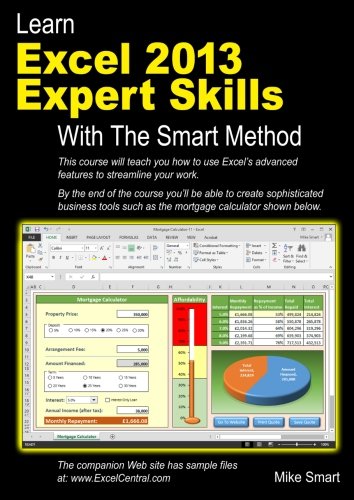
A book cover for Learn Excel 2013 Expert Skills with The Smart Method: Courseware Tutorial teaching Advanced Techniques; Mike Smart; Computers & Technology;